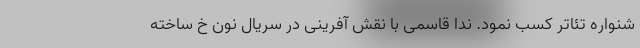
شنواره تئاتر کسب نمود. ندا قاسمی با نقش آفرینی در سریال نون خ ساخته